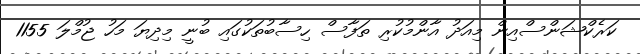
ކަރެކްޝަންސްއިން މިއަދު އާންމުކުރި ތަފާސް ހިސާބުތަކުގައި ބުނީ މިދިޔަ މަހު ޖުމްލަ 1155